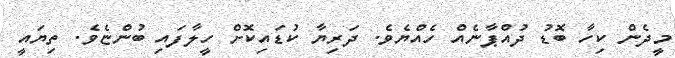
މީދެން ކިހާ ބޮޑު ދުއްޕާނެއް ހެއްޔެވެ. ދަރިޔާ ކުޑައިކޮށް ހީލާފައި ބުންޏެވެ. ތިޔައީ